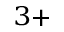
^ { 3 + }